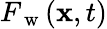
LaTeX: F_{\mathrm{~w~}}(\mathbf{x},t)